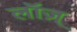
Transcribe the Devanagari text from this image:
लॉज़्